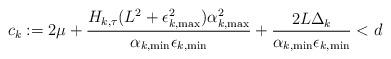
LaTeX: \begin{align*}c_k:=2\mu+\frac{H_{k,\tau}(L^2+\epsilon_{k,\max}^2)\alpha_{k,\max}^2}{\alpha_{k,\min}\epsilon_{k,\min}}+\frac{2L\Delta_k}{\alpha_{k,\min}\epsilon_{k,\min}}<d\end{align*}